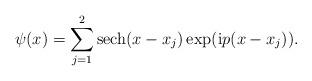
LaTeX: \begin{align*} \psi(x)=\sum_{j=1}^2\textrm{sech}(x-x_j)\exp(\textrm{i}p(x-x_j)). \end{align*}